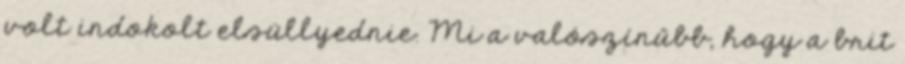
volt indokolt elsüllyednie. Mi a valószínűbb, hogy a brit